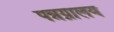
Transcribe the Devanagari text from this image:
पन्नग्नालय